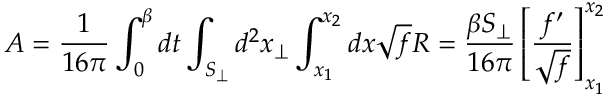
A = \frac { 1 } { 1 6 \pi } \int _ { 0 } ^ { \beta } d t \int _ { S _ { \perp } } d ^ { 2 } x _ { \perp } \int _ { x _ { 1 } } ^ { x _ { 2 } } d x \sqrt { f } R = \frac { \beta S _ { \perp } } { 1 6 \pi } \left[ \frac { f ^ { \prime } } { \sqrt { f } } \right] _ { x _ { 1 } } ^ { x _ { 2 } }